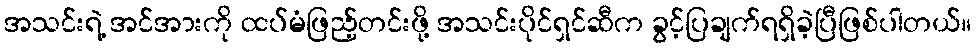
အသင်းရဲ့ အင်အားကို ထပ်မံဖြည့်တင်းဖို့ အသင်းပိုင်ရှင်ဆီက ခွင့်ပြချက်ရရှိခဲ့ပြီဖြစ်ပါတယ်။